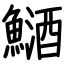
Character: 鿐